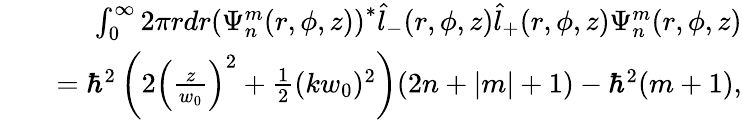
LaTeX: \begin{array}{rlr}&{}&{\int_{0}^{\infty}2\pi rdr\left(\Psi_{n}^{m}(r,\phi,z)\right)^{*}\hat{l}_{-}(r,\phi,z)\hat{l}_{+}(r,\phi,z)\Psi_{n}^{m}(r,\phi,z)}\\ &{}&{=\hbar^{2}\left(2\left(\frac{z}{w_{0}}\right)^{2}+\frac{1}{2}(kw_{0})^{2}\right)(2n+|m|+1)-\hbar^{2}(m+1),}\end{array}